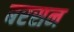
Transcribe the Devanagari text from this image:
बरसन